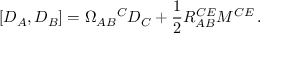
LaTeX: [ D _ { A } , D _ { B } ] = \Omega _ { A B } { } ^ { C } D _ { C } + \frac { 1 } { 2 } R _ { A B } ^ { C E } M ^ { C E } \, .